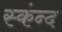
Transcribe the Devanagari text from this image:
स्कंन्द